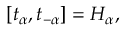
[ t _ { \alpha } , t _ { - \alpha } ] = H _ { \alpha } ,